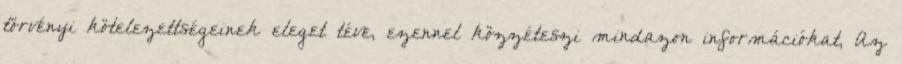
törvényi kötelezettségeinek eleget téve, ezennel közzéteszi mindazon információkat, Az